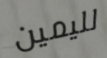
لليمين